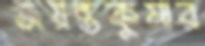
জয়ন্তকুমার